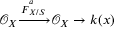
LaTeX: { \mathcal { O } } _ { X } { \xrightarrow { { \overset { } { F } } _ { X / S } ^ { a } } } { \mathcal { O } } _ { X } \to k ( x )